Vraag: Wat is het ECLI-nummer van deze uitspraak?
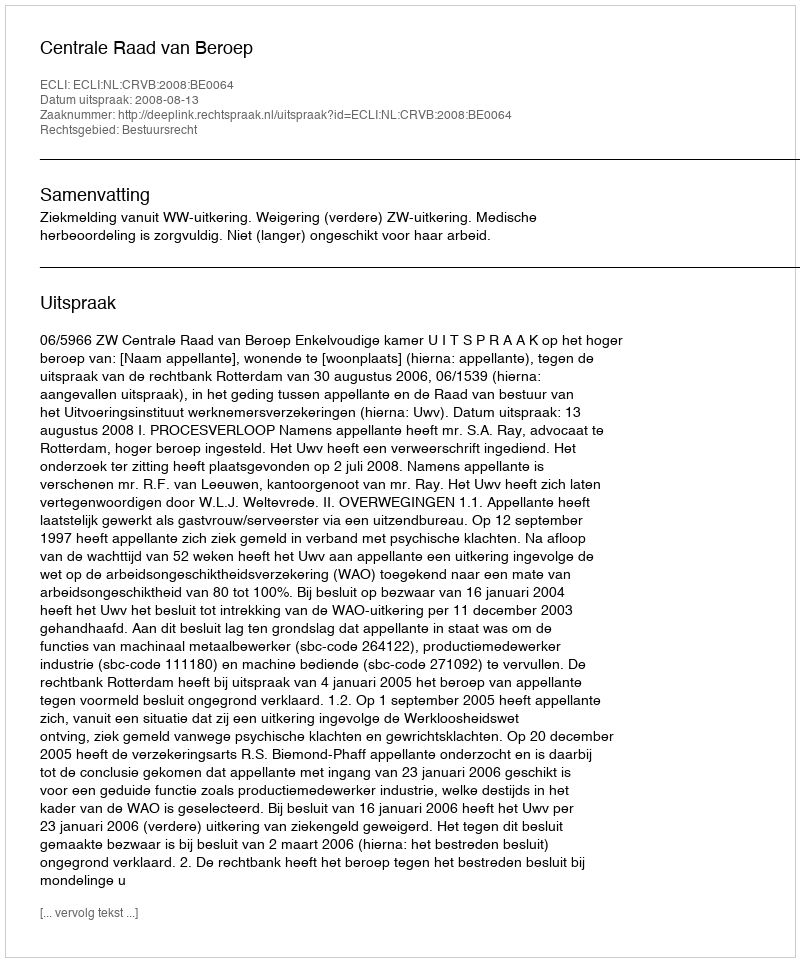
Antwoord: ECLI:NL:CRVB:2008:BE0064